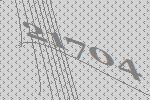
21704